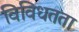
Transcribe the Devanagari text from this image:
विविधतता